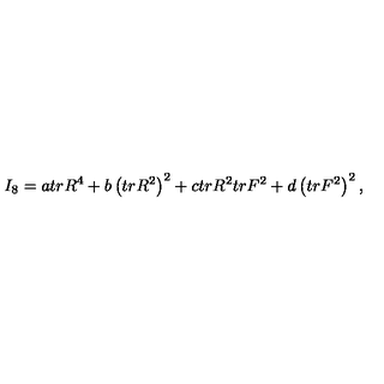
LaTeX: I _ { 8 } = a t r R ^ { 4 } + b \left( t r R ^ { 2 } \right) ^ { 2 } + c t r R ^ { 2 } t r F ^ { 2 } + d \left( t r F ^ { 2 } \right) ^ { 2 } ,